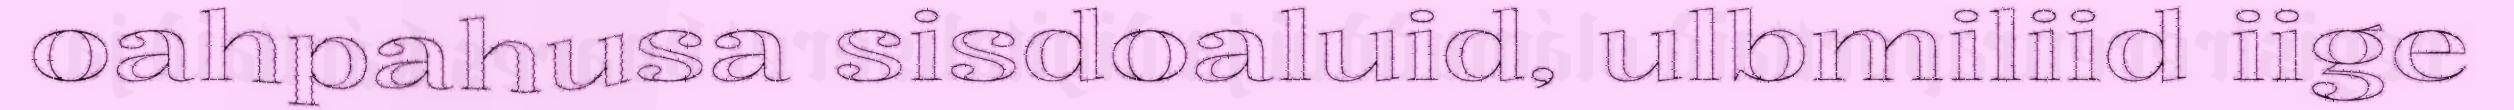
oahpahusa sisdoaluid, ulbmiliid iige